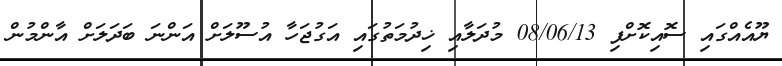
ޔޫއެއްގައި ސޮއިކޮށްފި 08/06/13 މުދަލާއި ޚިދުމަތުގައި އަގުޖަހާ އުސޫލަށް އަންނަ ބަދަލަށް އާންމުން